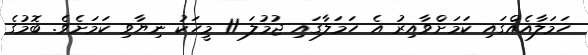
ހަމަލާއެއްގައި ކަމަށްވާއިރު އެ ހަމަލާގައި ޖުމުލަ 11 މީހަކު ނިޔާވި ކަމަށެވެ. ބޮމުގެ